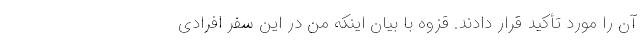
آن را مورد تأکید قرار دادند. قزوه با بیان اینکه من در این سفر افرادی